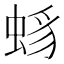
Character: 𧋈